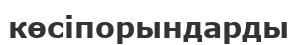
көсіпорындарды